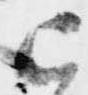
已